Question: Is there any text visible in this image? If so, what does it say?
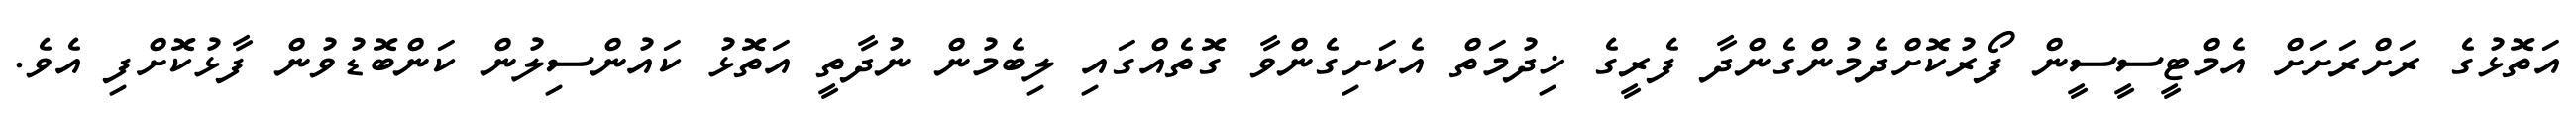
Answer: އަތޮޅުގެ ރަށްރަށަށް އެމްޓީސީސީން ފޯރުކޮށްދެމުންގެންދާ ފެރީގެ ޚިދުމަތް އެކަށިގެންވާ ގޮތެއްގައި ލިބެމުން ނުދާތީ އަތޮޅު ކައުންސިލުން ކަންބޮޑުވުން ފާޅުކޮށްފި އެވެ.